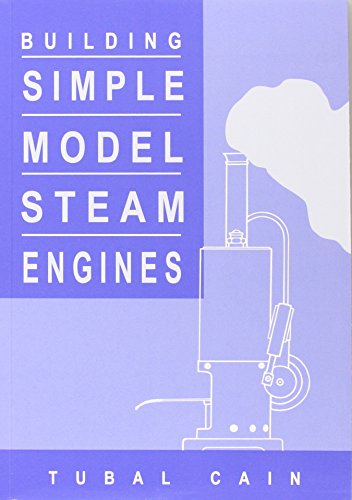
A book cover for Building Simple Model Steam Engines; Tubal Cain; Engineering & Transportation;